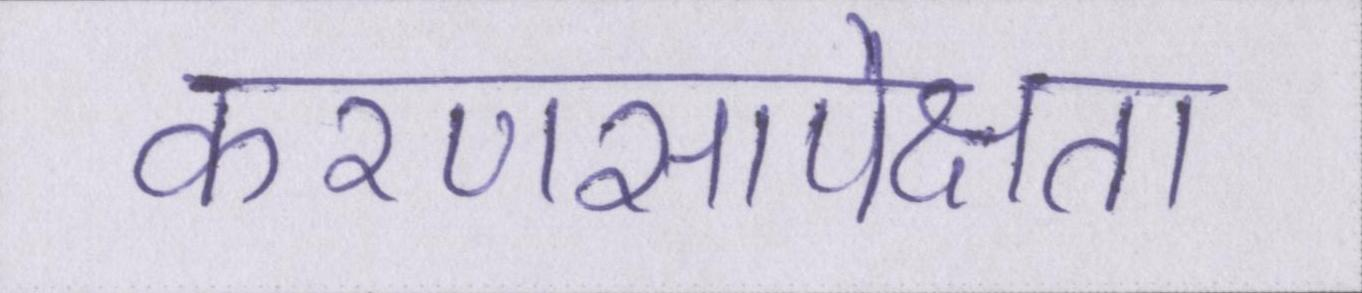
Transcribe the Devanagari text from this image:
करणसापेक्षता